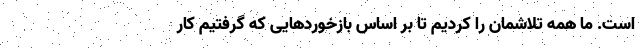
است. ما همه تلاشمان را کردیم تا بر اساس بازخورد‌هایی که گرفتیم کار